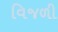
વિજળી